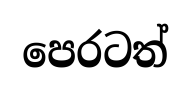
පෙරටත්